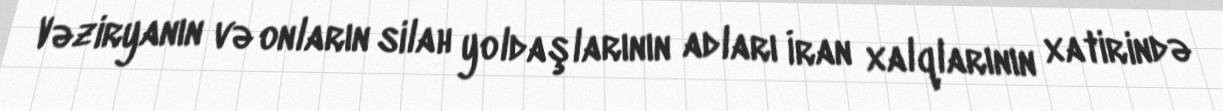
Vəziryanın və onların silah yoldaşlarının adları İran xalqlarının xatirində